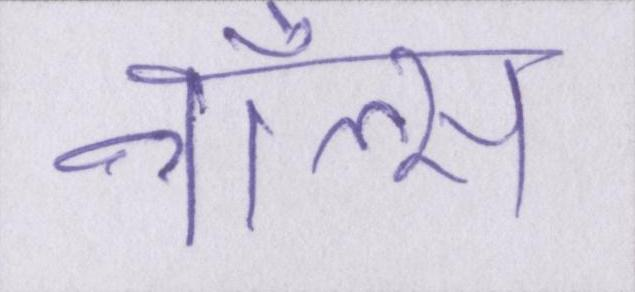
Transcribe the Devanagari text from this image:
नॉल्स